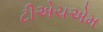
ટીએચએમ